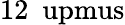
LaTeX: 12~\mathrm{\ upmus}